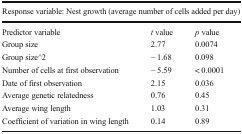
| <COLSPAN=3> Response variable: Nest growth (average number of cells added per day) |
 | --- | --- | --- |
 | Predictor variable | t value | p value |
 | Group size | 2.77 | 0.0074 |
 | Group size^2 | − 1.68 | 0.098 |
 | Number of cells at first observation | − 5.59 | < 0.0001 |
 | Date of first observation | 2.15 | 0.036 |
 | Average genetic relatedness | 0.76 | 0.45 |
 | Average wing length | 1.03 | 0.31 |
 | Coefficient of variation in wing length | 0.14 | 0.89 |